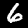
Digit: 6